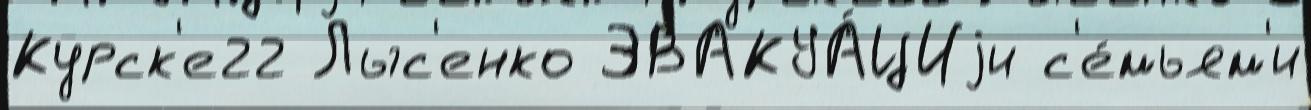
Курск'е22 Лыс'енко ЭВАКУА́ЦИjи с'е́мьям'и